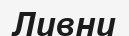
Ливни